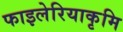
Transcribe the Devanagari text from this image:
फाइलेरियाकृमि